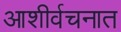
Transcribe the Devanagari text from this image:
आशीर्वचनात